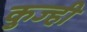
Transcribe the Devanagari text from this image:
कुज्ही